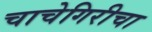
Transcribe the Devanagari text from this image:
चाचेगिरीचा